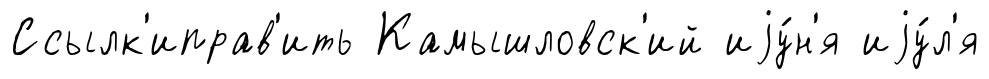
Ссылк'иправ'ить Камышловск'ий иjу́н'я иjу́л'я